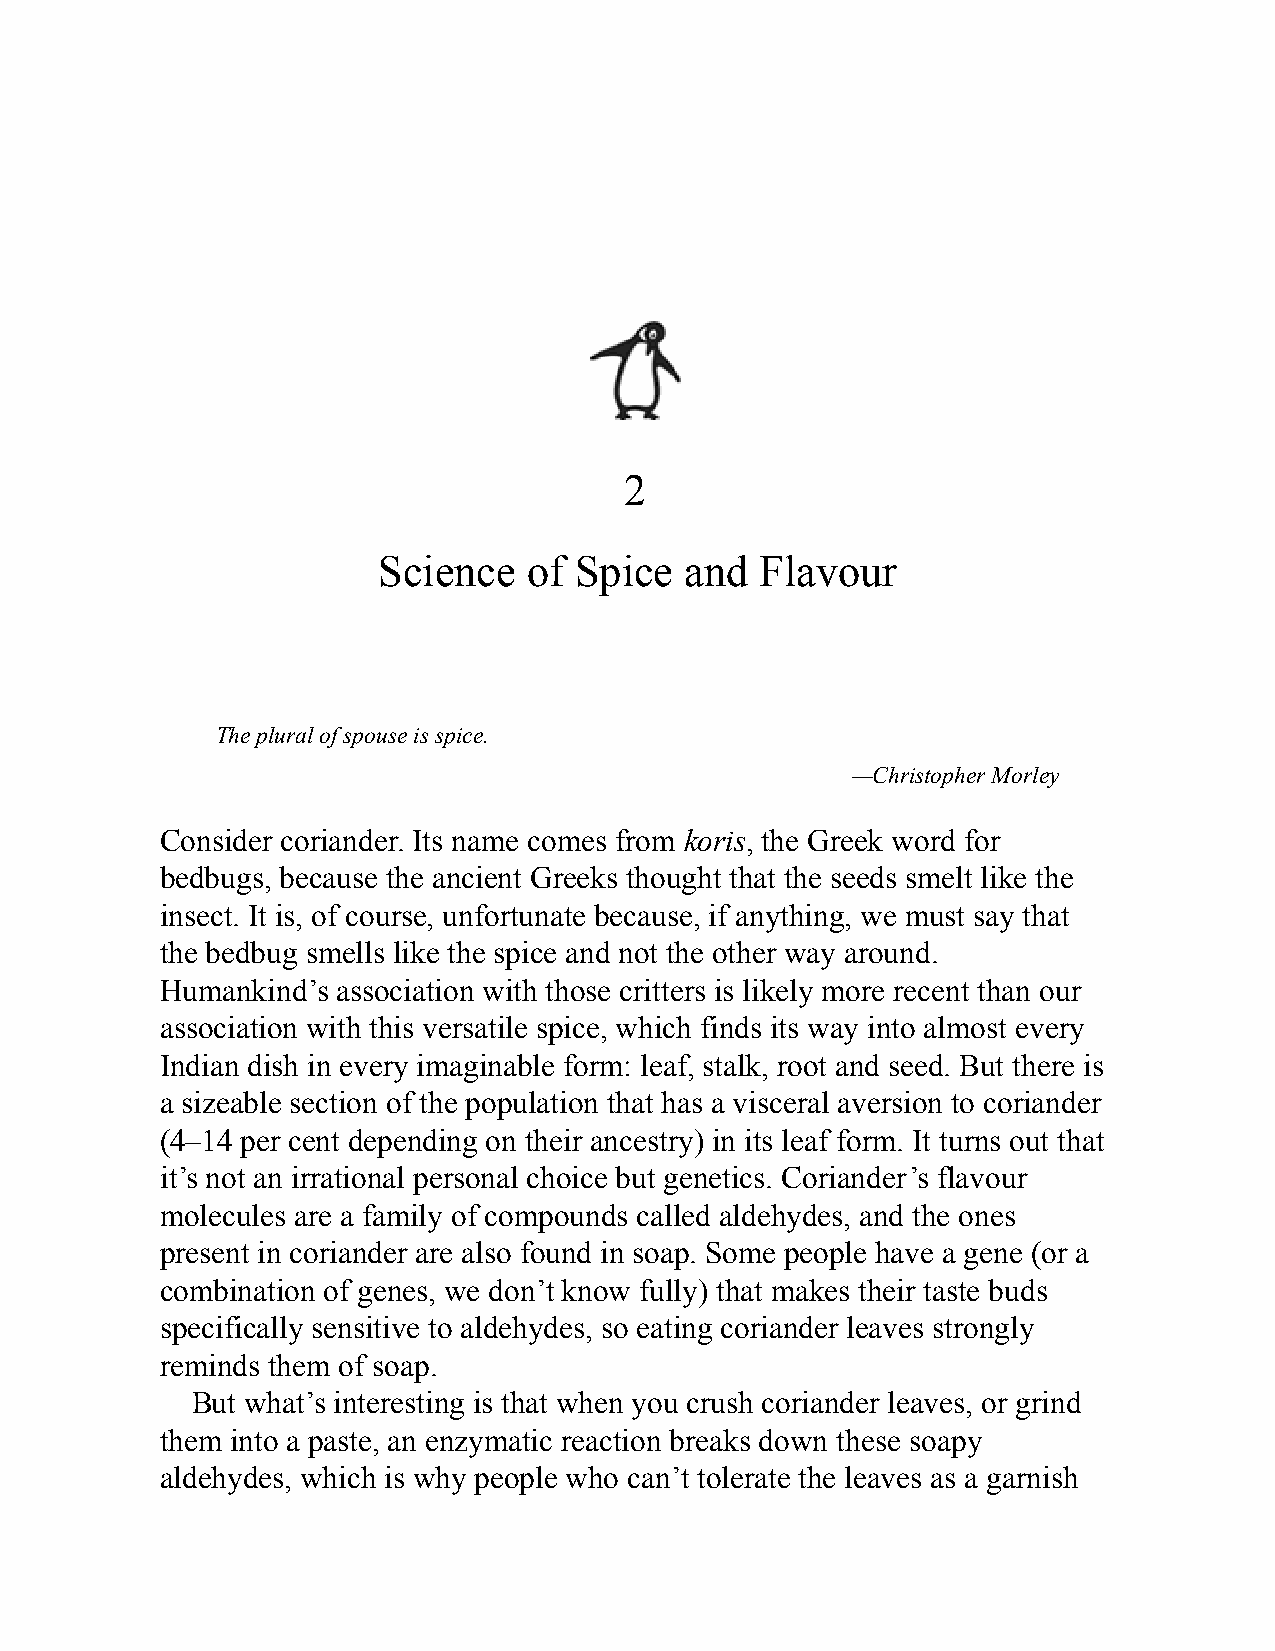
2
 Science   of Spice  and  Flavour
 The plural of spouse is spice.
 —Christopher Morley
 Consider coriander. Its name comes from koris, the Greek word for
 bedbugs, because the ancient Greeks thought that the seeds smelt like the
 insect. It is, of course, unfortunate because, if anything, we must say that
 the bedbug smells like the spice and not the other way around.
 Humankind’s association with those critters is likely more recent than our
 association with this versatile spice, which finds its way into almost every
 Indian dish in every imaginable form: leaf, stalk, root and seed. But there is
 a sizeable section of the population that has a visceral aversion to coriander
 (4–14 per cent depending on their ancestry) in its leaf form. It turns out that
 it’s not an irrational personal choice but genetics. Coriander’s flavour
 molecules are a family of compounds called aldehydes, and the ones
 present in coriander are also found in soap. Some people have a gene (or a
 combination of genes, we don’t know fully) that makes their taste buds
 specifically sensitive to aldehydes, so eating coriander leaves strongly
 reminds them of soap.
 But what’s interesting is that when you crush coriander leaves, or grind
 them into a paste, an enzymatic reaction breaks down these soapy
 aldehydes, which is why people who can’t tolerate the leaves as a garnish